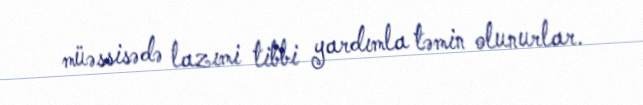
müəssisədə lazımi tibbi yardımla təmin olunurlar.